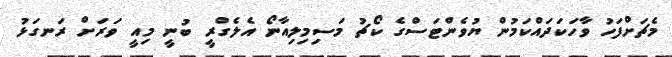
މެޗަށްފަހު ވާހަކަދައްކަމުން ޔުވެންޓަސްގެ ކޯޗު މަސިމިލިއާނޯ އެލެގްރީ ބުނީ މިއީ ވަރަށް ރަނގަޅު